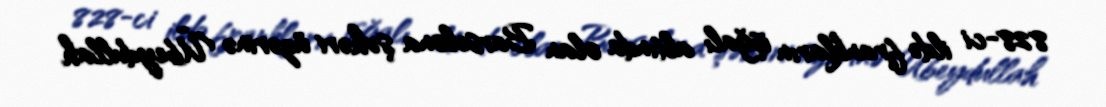
828-ci ildə frankların işğalı altında olan Barselona şəhəri üzərinə Übeydullah